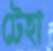
টেহা